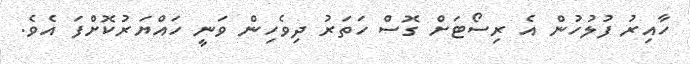
ހާއިރު ފުލުހުން އެ ރިސޯޓަށް ގޮސް ހަތަރު ދިވެހިން ވަނީ ހައްޔަރުކޮށްފަ އެވެ.